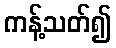
ကန့်သတ်၍